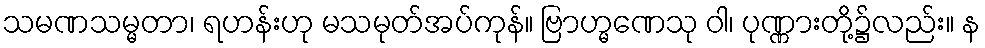
သမဏသမ္မတာ၊ ရဟန်းဟု မသမုတ်အပ်ကုန်။ ဗြာဟ္မဏေသု ဝါ၊ ပုဏ္ဏားတို့၌လည်း။ န